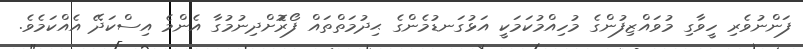
ފަންނުވެރި ހީވާގި މުވައްޒިފުންގެ މުހިއްމުކަމަކީ އަޅުގަނޑުމެންގެ ޙިދުމަތްތައް ފޯރުޮށްދިނުމުގާ އެންމެ އިސްކަދޭ އެއްކަމެވެ.